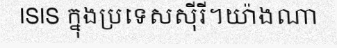
ISIS ក្នុងប្រទេសស៊ីរី។យ៉ាងណា